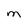
Character: M